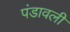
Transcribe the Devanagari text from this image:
पंडावली